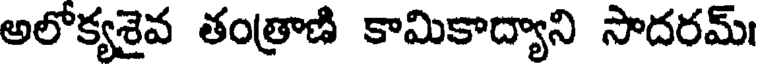
అలోక్యశైవ తంత్రాణి కామికాద్యాని సాదరమ్।